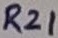
Text: R21